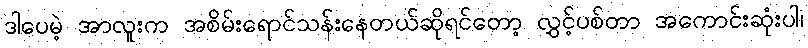
ဒါပေမဲ့ အာလူးက အစိမ်းရောင်သန်းနေတယ်ဆိုရင်တော့ လွှင့်ပစ်တာ အကောင်းဆုံးပါ၊